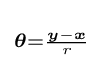
\scriptstyle {\boldsymbol {\theta }}={\frac {{\boldsymbol {y}}-{\boldsymbol {x}}}{r}}